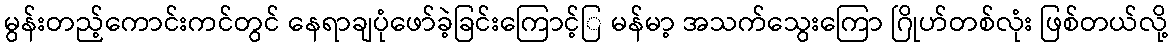
မွန်းတည့်ကောင်းကင်တွင် နေရာချပုံဖော်ခဲ့ခြင်းကြောင့်ြ မန်မာ့ အသက်သွေးကြော ဂြိုဟ်တစ်လုံး ဖြစ်တယ်လို့